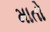
માતો